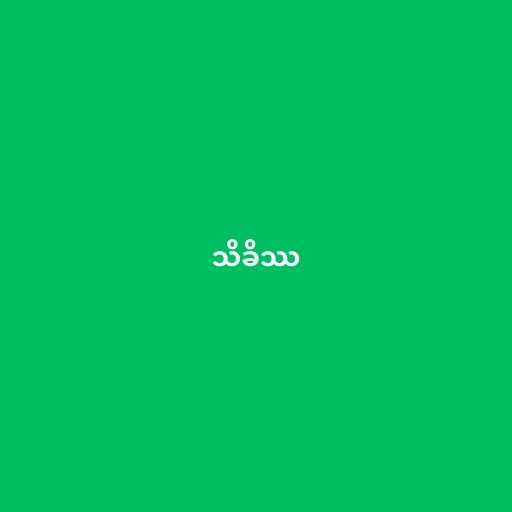
သိခိဿ